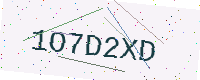
Text: 1O7D2XD